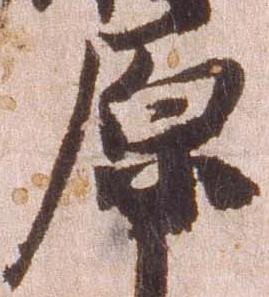
原